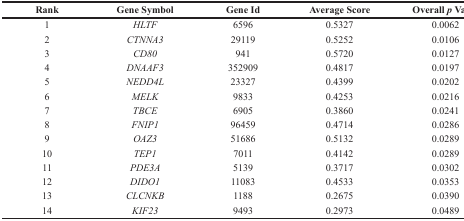
| Rank | Gene Symbol | Gene Id | Average Score | Overall p Value |
 | --- | --- | --- | --- | --- |
 | 1 | HLTF | 6596 | 0.5327 | 0.0062 |
 | 2 | CTNNA3 | 29119 | 0.5252 | 0.0106 |
 | 3 | CD80 | 941 | 0.5720 | 0.0127 |
 | 4 | DNAAF3 | 352909 | 0.4817 | 0.0197 |
 | 5 | NEDD4L | 23327 | 0.4399 | 0.0202 |
 | 6 | MELK | 9833 | 0.4253 | 0.0216 |
 | 7 | TBCE | 6905 | 0.3860 | 0.0241 |
 | 8 | FNIP1 | 96459 | 0.4714 | 0.0286 |
 | 9 | OAZ3 | 51686 | 0.5132 | 0.0289 |
 | 10 | TEP1 | 7011 | 0.4142 | 0.0289 |
 | 11 | PDE3A | 5139 | 0.3717 | 0.0302 |
 | 12 | DIDO1 | 11083 | 0.4533 | 0.0353 |
 | 13 | CLCNKB | 1188 | 0.2675 | 0.0390 |
 | 14 | KIF23 | 9493 | 0.2973 | 0.0489 |